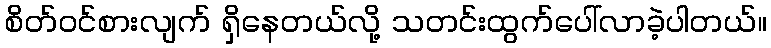
စိတ်ဝင်စားလျက် ရှိနေတယ်လို့ သတင်းထွက်ပေါ်လာခဲ့ပါတယ်။